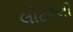
લીટરલી